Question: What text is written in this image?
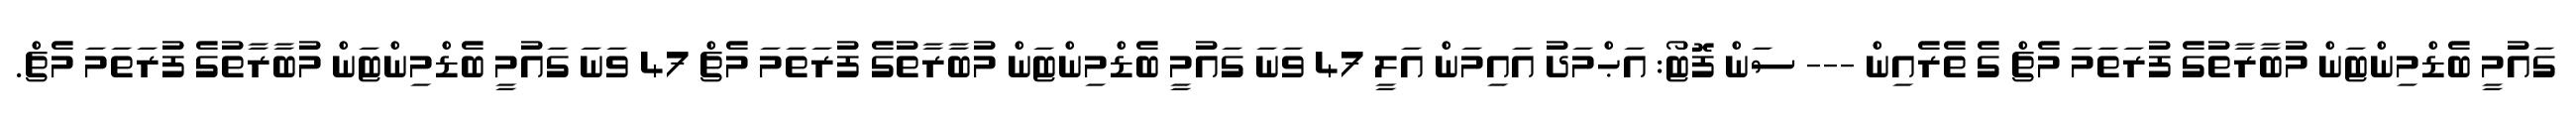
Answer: ގައުމީ ބެޑްމިންޓަން މުބާރާތުގެ ފުރަތަމަ މެޗް ގެ ތެރެއިން --- ސަން ފޮޓޯ: އަޙްމަދު އައިމަން އަލީ 47 ވަނަ ގައުމީ ބެޑްމިންޓަން މުބާރާތުގެ ފުރަތަމަ މެޗް 47 ވަނަ ގައުމީ ބެޑްމިންޓަން މުބާރާތުގެ ފުރަތަމަ މެޗް.